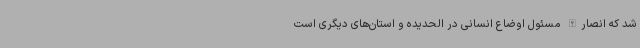
شد که انصارالله مسئول اوضاع انسانی در الحدیده و استان‌های دیگری است